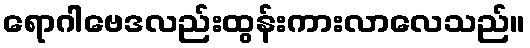
ရောဂါဗေဒလည်းထွန်းကားလာလေသည်။